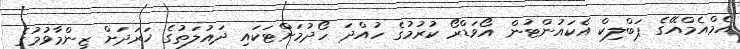
އެމްއެމްއޭގެ ޕަބްލިކް އެކައުންޓުން އޯވަޑްރޯ ކުރުމުގެ ހުއްދަ ހޯދުމަށްޓަކައި ދައުލަތުގެ ޚަރަދަށް ޒިންމާވުމުގެ